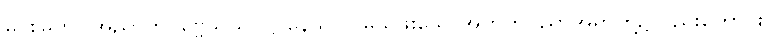
မင်းမြတ်။ အညာတပုဗ္ဗေသုသိပ္ပဋ္ဌာနေသုဝါ၊ မသိဖူးသောအတတ်ပညာအရာတို့၌လည်းကောင်း။